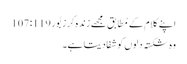
اپنے کلام کے مُطابق مجھے زندہ کر زبُور 119: 107
وہ شکستہ دِلوں کو شفا دیتا ہے۔